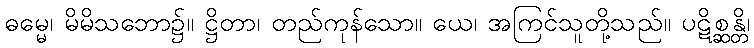
ဓမ္မေ၊ မိမိသဘော၌။ ဋ္ဌိတာ၊ တည်ကုန်သော။ ယေ၊ အကြင်သူတို့သည်။ ပဋိစ္ဆန္တိ၊